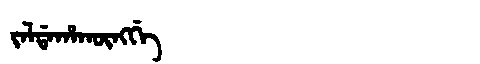
Manchu: ᠵᠠᠯᡩᠠᡥᠠᡴᡡᠩᡤᡝ
Romanization: JALDAHAKŪNGGE